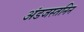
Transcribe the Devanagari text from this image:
अंडजस्तनिन